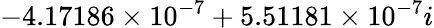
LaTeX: -4.17186\times 10^{-7}+5.51181\times 10^{-7}i